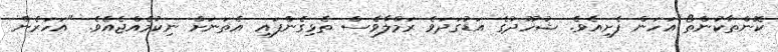
ކޮންތާކުންތޯ އަހަން ފެށިއެވެ. ޝުހޫދުގެ އަޑުގަދަވެ ރަމްލާވެސް ތެޅިގެންފައި އެތަނަށް ނިކުމެއްޖެއެވެ. "އަހަރެން